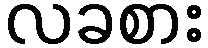
လခစား